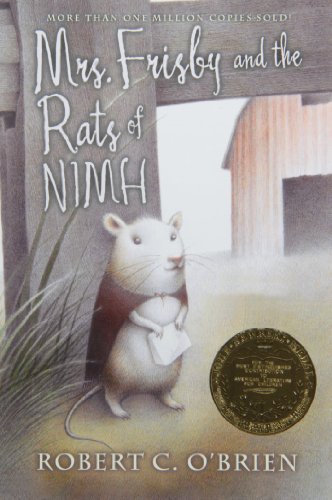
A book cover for Mrs. Frisby and the Rats of NIMH; Robert C. O'Brien; Children's Books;